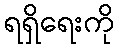
ရရှိရေးကို